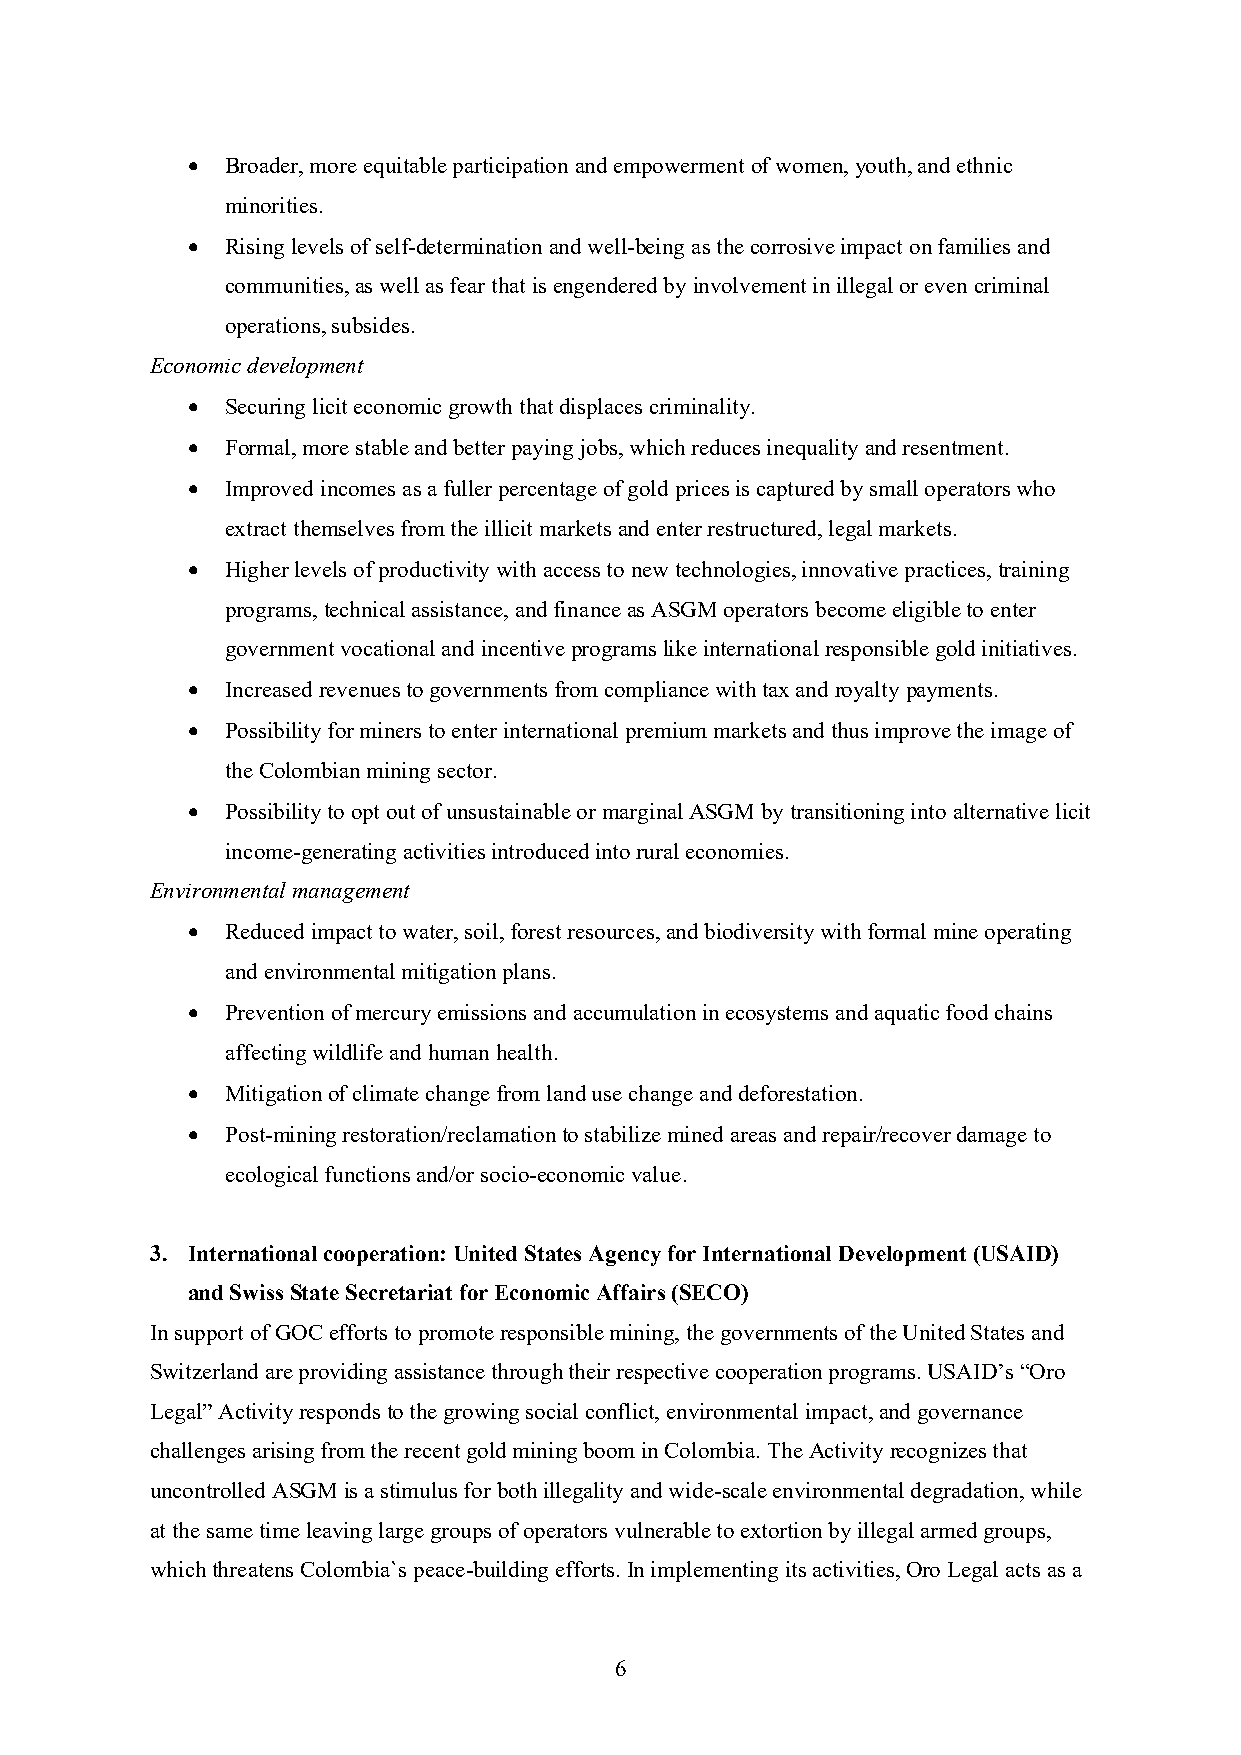
•  Broader, more equitable participation and empowerment of women, youth, and ethnic
 minorities.
 •  Rising levels of self-determination and well-being as the corrosive impact on families and
 communities, as well as fear that is engendered by involvement in illegal or even criminal
 operations, subsides.
 Economic development
 •  Securing licit economic growth that displaces criminality.
 •  Formal, more stable and better paying jobs, which reduces inequality and resentment.
 •  Improved incomes as a fuller percentage of gold prices is captured by small operators who
 extract themselves from the illicit markets and enter restructured, legal markets.
 •  Higher levels of productivity with access to new technologies, innovative practices, training
 programs, technical assistance, and finance as ASGM operators become eligible to enter
 government vocational and incentive programs like international responsible gold initiatives.
 •  Increased revenues to governments from compliance with tax and royalty payments.
 •  Possibility for miners to enter international premium markets and thus improve the image of
 the Colombian mining sector.
 •  Possibility to opt out of unsustainable or marginal ASGM by transitioning into alternative licit
 income-generating activities introduced into rural economies.
 Environmental management
 •  Reduced impact to water, soil, forest resources, and biodiversity with formal mine operating
 and environmental mitigation plans.
 •  Prevention of mercury emissions and accumulation in ecosystems and aquatic food chains
 affecting wildlife and human health.
 •  Mitigation of climate change from land use change and deforestation.
 •  Post-mining restoration/reclamation to stabilize mined areas and repair/recover damage to
 ecological functions and/or socio-economic value.
 3. International cooperation: United States Agency for International Development (USAID)
 and Swiss State Secretariat for Economic Affairs (SECO)
 In support of GOC efforts to promote responsible mining, the governments of the United States and
 Switzerland are providing assistance through their respective cooperation programs. USAID’s “Oro
 Legal” Activity responds to the growing social conflict, environmental impact, and governance
 challenges arising from the recent gold mining boom in Colombia. The Activity recognizes that
 uncontrolled ASGM is a stimulus for both illegality and wide-scale environmental degradation, while
 at the same time leaving large groups of operators vulnerable to extortion by illegal armed groups,
 which threatens Colombia`s peace-building efforts. In implementing its activities, Oro Legal acts as a
 6